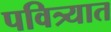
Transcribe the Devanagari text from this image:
पवित्र्यात